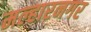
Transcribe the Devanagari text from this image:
मल्हारनगर